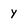
Character: y